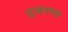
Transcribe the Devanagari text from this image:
सुखगणक